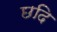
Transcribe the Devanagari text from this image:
छदि